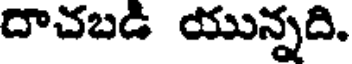
దాచబడి యున్నది.